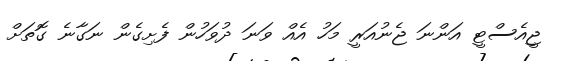
ޖީއެސްޓީ އަންނަ ޖެނުއަރީ މަހު އެއް ވަނަ ދުވަހުން ފެށިގެން ނަގާނެ ގޮތަށް